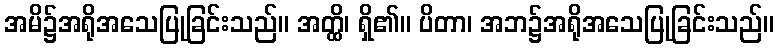
အမိ၌အရိုအသေပြုခြင်းသည်။ အတ္ထိ၊ ရှိ၏။ ပိတာ၊ အဘ၌အရိုအသေပြုခြင်းသည်။